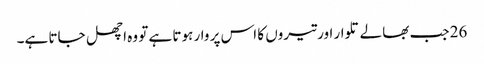
26 جب بھالے تلوار اور تیروں کا اس پر وار ہوتا ہے تو وہ اچھل جاتا ہے۔